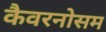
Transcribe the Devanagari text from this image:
कैवरनोसम